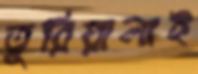
তুরিয়ালাই